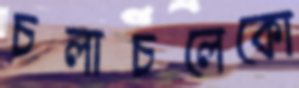
চলাচলেকো